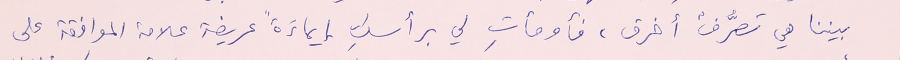
بيننا هي تصرُّفٌ أخرق، فأومأتِ لي برأسكِ إيماءَةً عريضة علامة الموافقة على